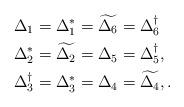
LaTeX: \begin{align*}&\Delta_{1} = \Delta_{1}^{*} = \widetilde{\Delta_{6}} = \Delta_{6}^\dagger \\&\Delta_{2}^{*} = \widetilde{\Delta_{2}} =\Delta_{5} = \Delta_{5}^\dagger, \\ &\Delta_{3}^\dagger =\Delta_{3}^{*} = \Delta_{4} = \widetilde{\Delta_{4}}, .\end{align*}